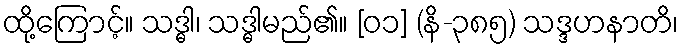
ထို့ကြောင့်။ သဒ္ဓါ၊ သဒ္ဓါမည်၏။ [၀၁] (နိ-၃၈၅) သဒ္ဒဟနာတိ၊